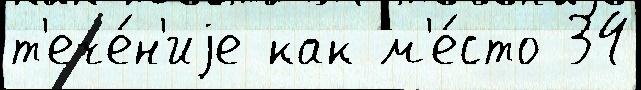
т'ече́н'иjе как м'е́сто 34